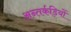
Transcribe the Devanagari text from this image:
अन्तर्कड़ियों